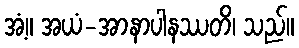
အံ့။ အယံ-အာနာပါနဿတိ၊ သည်။